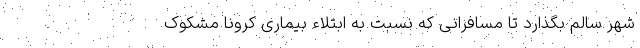
شهر سالم بگذارد تا مسافرانی که نسبت به ابتلاء بیماری کرونا مشکوک